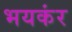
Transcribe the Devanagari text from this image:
भयकंर